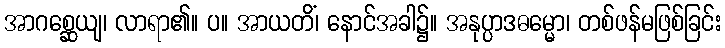
အာဂစ္ဆေယျ၊ လာရာ၏။ ပ။ အာယတိံ၊ နောင်အခါ၌။ အနုပ္ပာဒဓမ္မော၊ တစ်ဖန်မဖြစ်ခြင်း